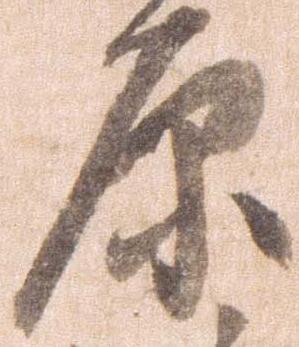
原